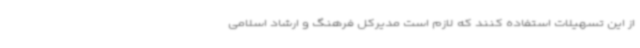
از این تسهیلات استفاده کنند که لازم است مدیرکل فرهنگ و ارشاد اسلامی